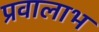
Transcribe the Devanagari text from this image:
प्रवालाभ